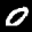
Label: 0